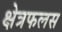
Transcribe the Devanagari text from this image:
क्षेत्रफलस